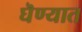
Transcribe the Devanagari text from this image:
घॆण्यात